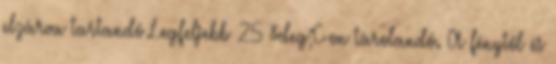
elzárva tartandó Legfeljebb 25 &deg;C-on tárolandó. A fénytől és